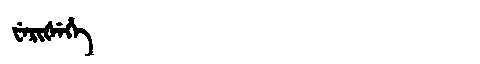
Manchu: ᠸᡝᡵᡳᡧᡝᡥᡝ
Romanization: WERIŠEHE